Annual report on the mental hospital in the Central Provinces and Berar (Nagpur) - 1927-1951
Year: 1927
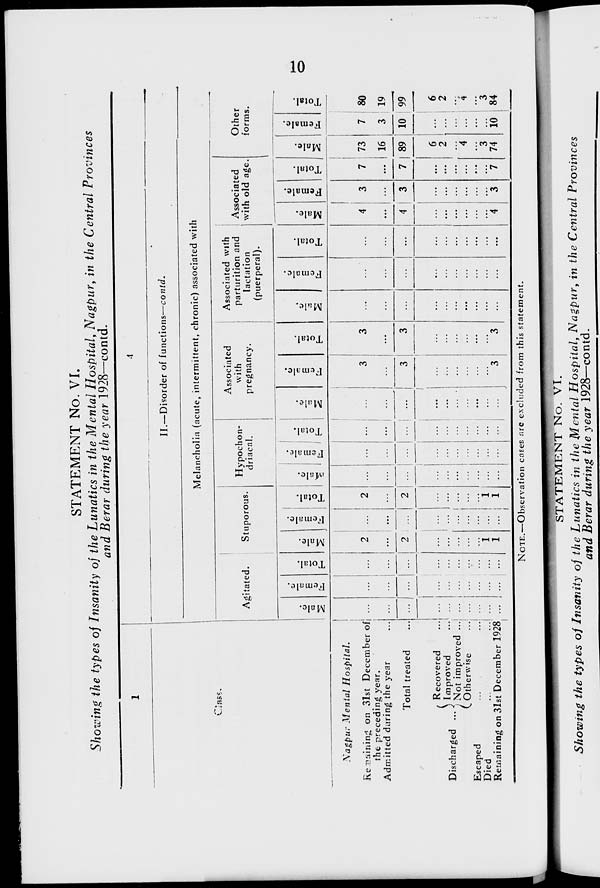
10
STATEMENT No. VI.
Showing the types of Insanity of the Lunatics in the Mental Hospital, Nagpur, in the Central Provinces
and Berar during the year 1928—contd.
1
Class.
Nagpur Mental Hospital.
Remaining on 31st December of
the preceding year.
Admitted during the year ...
Total treated ...
Discharged ...
Recovered ...
Improved ...
Not improved ...
Otherwise
...
Escaped
...
...
Died
...
...
Remaining on 31st December 1928
4
II.—Disorder of functions—contd.
Melancholia (acute, intermittent, chronic) associated with
Agitated.
Male.
...
...
...
...
...
...
...
...
...
...
Female.
...
...
...
...
...
...
...
...
...
...
Total.
...
...
...
...
...
...
...
...
...
...
Stuporous.
Male.
2
...
2
...
...
...
...
...
1
1
Female.
...
...
...
...
...
...
...
...
...
...
Total.
2
...
2
...
...
...
...
...
1
1
Hypochon-
driacal.
Male.
...
...
...
...
...
...
...
...
...
...
Female.
...
...
...
...
...
...
...
...
...
...
Total.
...
...
...
...
...
...
...
...
...
...
Associated
with
pregnancy.
Male.
...
...
...
...
...
...
...
...
...
...
Female.
3
...
3
...
...
...
...
...
...
3
Total.
3
...
3
...
...
...
...
...
...
3
Associated with
parturition and
lactation
(puerperal).
Male.
...
...
...
...
...
...
...
...
...
...
Female.
...
...
...
...
...
...
...
...
...
...
Total.
...
...
...
...
...
...
...
...
...
...
Associated
with old age.
Male.
4
...
4
...
...
...
...
...
...
4
Female.
3
...
3
...
...
...
...
...
...
3
Total.
7
...
7
...
...
...
...
...
...
7
Other
forms.
Male.
73
16
89
6
2
...
4
...
3
74
Female.
7
3
10
...
...
...
...
...
...
10
Total.
80
19
99
6
2
...
4
...
3
84
NOTE.—Observation cases are excluded from this statement.